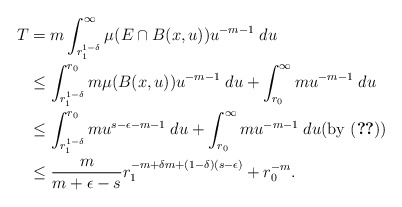
\begin{align*}T&=m\int_{r_1^{1-\delta}}^\infty \mu(E\cap B(x, u)) u^{-m-1} \; du\\&\leq \int_{r_1^{1-\delta}}^{r_0} m\mu( B(x, u)) u^{-m-1} \; du+\int_{r_0}^\infty m u^{-m-1}\; du\\&\leq \int_{r_1^{1-\delta}}^{r_0} m u^{s-\epsilon-m-1} \; du+\int_{r_0}^\infty mu^{-m-1}\; du\mbox{(by \eqref{e-8se})}\\&\leq \frac{m}{m+\epsilon-s}r_1^{-m+\delta m+(1-\delta)(s-\epsilon)}+r_0^{-m}.\end{align*}